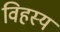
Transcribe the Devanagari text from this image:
विहस्य